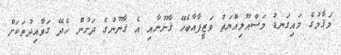
މަޤާމުގެ މައިގަނޑު މަސްއޫލިއްޔަތު ވަޒީފާއާބެހޭ ޤާނޫނާއި އެ ޤާނޫނުގެ ދަށުން ހެދޭ ގަވާއިދުތަކަށް